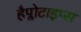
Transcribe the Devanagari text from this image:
हैप्लोटाइप्स